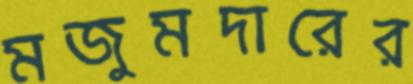
মজুমদারের